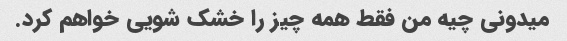
میدونی چیه من فقط همه چیز را خشک شویی خواهم کرد.